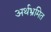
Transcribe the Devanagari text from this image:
अर्थभ्रमित